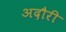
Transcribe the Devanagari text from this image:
अदौरी